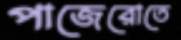
পাজেরোতে